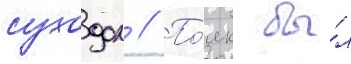
суходол // По́лк бы́л